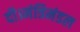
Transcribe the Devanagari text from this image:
दी।मंत्रिमंडल